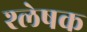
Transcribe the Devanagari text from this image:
श्लेषक